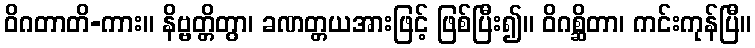
ဝိဂတာတိ-ကား။ နိဗ္ဗတ္တိတွာ၊ ခဏတ္တယအားဖြင့် ဖြစ်ပြီး၍။ ဝိဂစ္ဆိတာ၊ ကင်းကုန်ပြီ။